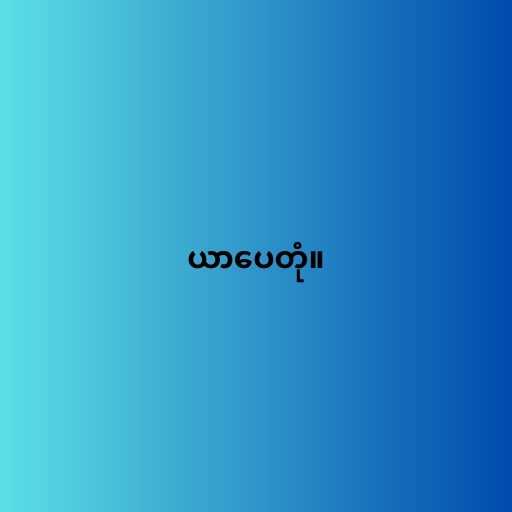
ယာပေတုံ။